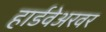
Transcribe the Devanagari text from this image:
हार्डवेअरवर